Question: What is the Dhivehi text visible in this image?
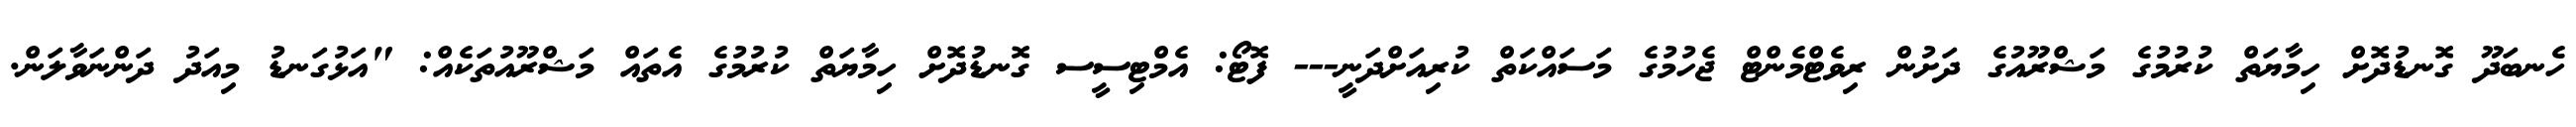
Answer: ހެނބަދޫ ގޮނޑުދޮށް ހިމާޔަތް ކުރުމުގެ މަޝްރޫއުގެ ދަށުން ރިވެޓްމެންޓް ޖެހުމުގެ މަސައްކަތް ކުރިއަށްދަނީ--- ފޮޓޯ: އެމްޓިސީސ ގޮނޑުދޮށް ހިމާޔަތް ކުރުމުގެ އެތައް މަޝްރޫއުތަކެއް: "އަޅުގަނޑު މިއަދު ދަންނަވާލަން.